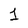
Character: 1